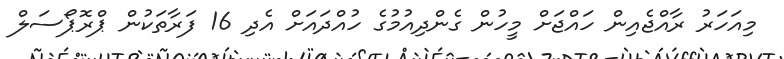
މިއަހަރު ރާއްޖެއިން ހައްޖަށް މީހުން ގެންދިއުމުގެ ހުއްދައަށް އެދި 16 ފަރާތަކުން ޕްރޮޕޯސަލް